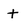
Character: t